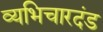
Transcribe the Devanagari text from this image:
व्यभिचारदंड